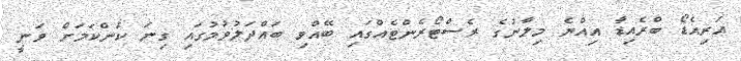
އަރިއެޑޯ ބްރެއިޑާ އިއްޔެ މިލާނުގެ ރެސްޓޯރެންޓެއްގައި ބޭއްވި ބަައްދަލުވުމުގައި ގިނަ ކަންކަމަށް ވަނީ